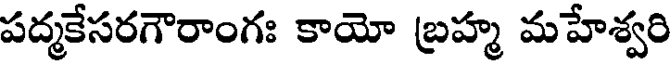
పద్మకేసరగౌరాంగః కాయో బ్రహ్మ మహేశ్వరి